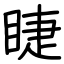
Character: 睫